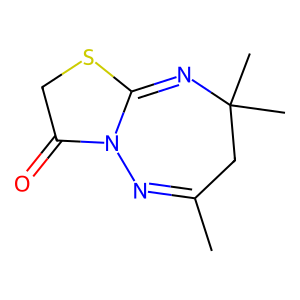
SMILES: CC1=NN2C(=O)CSC2=NC(C)(C)C1
Inhibits HIV replication: No